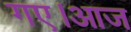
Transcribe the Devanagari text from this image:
गए।आज